Reports on military cantonments and civil stations in the Presidency of Bombay inspected by the Sanitary Commissioner in the years 1875 and 1876
Year: 1875
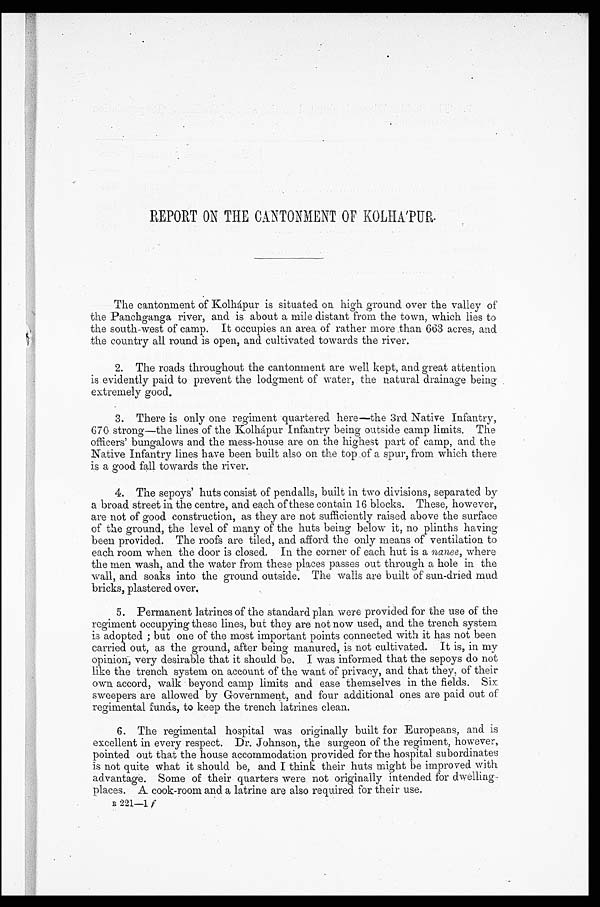
REPORT ON THE CANTONMENT OF KOLHA'PUR.
The cantonment of Kolhapur is situated on high ground over the valley of
the Panchganga river, and is about a mile distant from the town, which lies to
the south-west of camp. It occupies an area of rather more than 663 acres, and
the country all round is open, and cultivated towards the river.
2. The roads throughout the cantonment are well kept, and great attention
is evidently paid to prevent the lodgment of water, the natural drainage being
extremely good.
3. There is only one regiment quartered here—the 3rd Native Infantry,
670 strong—the lines of the Kolhápur Infantry being outside camp limits. The
officers' bungalows and the mess-house are on the highest part of camp, and the
Native Infantry lines have been built also on the top of a spur, from which there
is a good fall towards the river.
4. The sepoys' huts consist of pendalls, built in two divisions, separated by
a broad street in the centre, and each of these contain 16 blocks. These, however,
are not of good construction, as they are not sufficiently raised above the surface
of the ground, the level of many of the huts being below it, no plinths having
been provided. The roofs are tiled, and afford the only means of ventilation to
each room when the door is closed. In the corner of each hut is a nanee, where
the men wash, and the water from these places passes out through a hole in the
wall, and soaks into the ground outside. The walls are built of sun-dried mud
bricks, plastered over.
5. Permanent latrines of the standard plan were provided for the use of the
regiment occupying these lines, but they are not now used, and the trench system
is adopted; but one of the most important points connected with it has not been
carried out, as the ground, after being manured, is not cultivated. It is, in my
opinion, very desirable that it should be. I was informed that the sepoys do not
like the trench system on account of the want of privacy, and that they, of their
own accord, walk beyond camp limits and ease themselves in the fields. Six
sweepers are allowed by Government, and four additional ones are paid out of
regimental funds, to keep the trench latrines clean.
6. The regimental hospital was originally built for Europeans, and is
excellent in every respect. Dr. Johnson, the surgeon of the regiment, however,
pointed out that the house accommodation provided for the hospital subordinates
is not quite what it should be, and I think their huts might be improved with
advantage. Some of their quarters were not originally intended for dwelling-
places. A cook-room and a latrine are also required for their use.
B 2 2 1 - 1
f